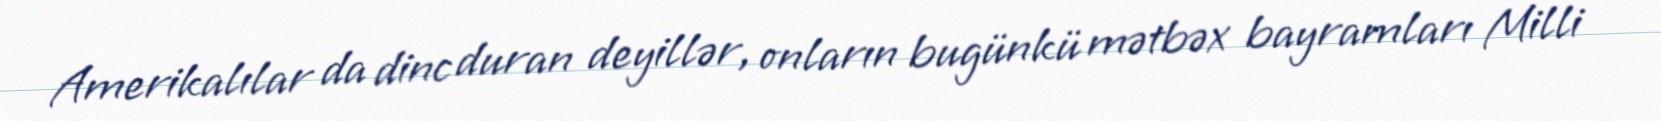
Amerikalılar da dinc duran deyillər, onların bugünkü mətbəx bayramları Milli